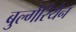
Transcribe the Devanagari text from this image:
बुल्गेरियेन